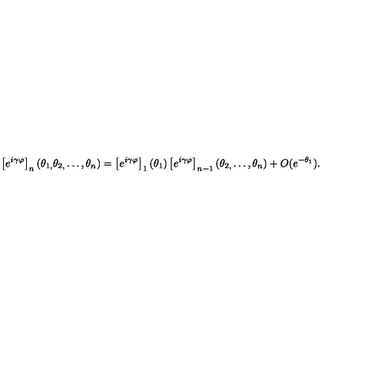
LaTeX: \left[ e ^ { i \gamma \varphi } \right] _ { n } ( \theta _ { 1 , } \theta _ { 2 , } \dots , \theta _ { n } ) = \left[ e ^ { i \gamma \varphi } \right] _ { 1 } ( \theta _ { 1 } ) \left[ e ^ { i \gamma \varphi } \right] _ { n - 1 } ( \theta _ { 2 , } \dots , \theta _ { n } ) + O ( e ^ { - \theta _ { 1 } } ) .